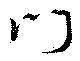
門